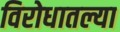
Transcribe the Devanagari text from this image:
विरोधातल्या